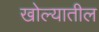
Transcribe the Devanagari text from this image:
खोल्यातील